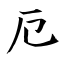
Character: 厄